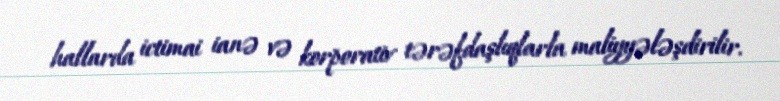
hallarda ictimai ianə və korporativ tərəfdaşlıqlarla maliyyələşdirilir.